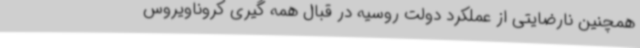
همچنین نارضایتی از عملکرد دولت روسیه در قبال همه گیری کروناویروس